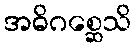
အဓိဂစ္ဆေသိ